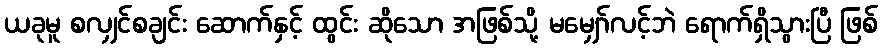
ယခုမူ စလျှင်စချင်း ဆောက်နှင့် ထွင်း ဆိုသော အဖြစ်သို့ မမျှော်လင့်ဘဲ ရောက်ရှိသွားပြီ ဖြစ်